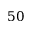
5 0